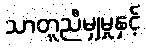
သာတူညီမျှမှုနှင့်